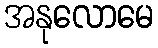
အနုလောမေ